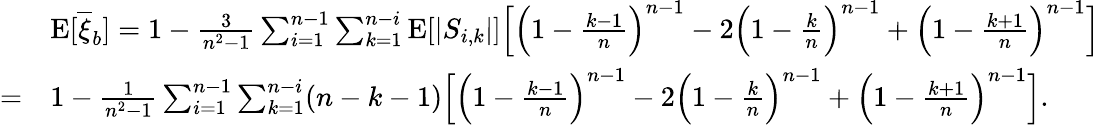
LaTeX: \begin{array}{rl}&{{\mathrm E}[\overline{{\xi}}_{b}]=1-\frac{3}{n^{2}-1}\sum_{i=1}^{n-1}\sum_{k=1}^{n-i}{\mathrm E}[\lvert S_{i,k}\rvert]\Big[\Big(1-\frac{k-1}{n}\Big)^{n-1}-2\Big(1-\frac{k}{n}\Big)^{n-1}+\Big(1-\frac{k+1}{n}\Big)^{n-1}\Big]}\\ {=}&{1-\frac{1}{n^{2}-1}\sum_{i=1}^{n-1}\sum_{k=1}^{n-i}(n-k-1)\Big[\Big(1-\frac{k-1}{n}\Big)^{n-1}-2\Big(1-\frac{k}{n}\Big)^{n-1}+\Big(1-\frac{k+1}{n}\Big)^{n-1}\Big].}\end{array}